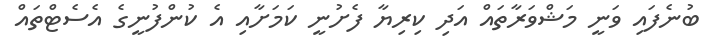
ބުނެފައި ވަނީ މަޝްވަރާތައް އަދި ކިރިޔާ ފެށުނީ ކަމަށާއި އެ ކުންފުނީގެ އެސެޓްތައް